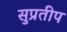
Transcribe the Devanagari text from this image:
सुप्रतीप